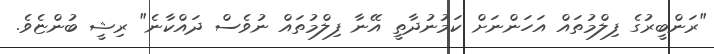
"ރަންބީރުގެ ފިލްމުތައް އަހަންނަށް ކަމުނުދާތީ އޭނާ ފިލްމުތައް ނުވެސް ދައްކާނެ" ރިޝީ ބުންޏެވެ.